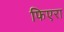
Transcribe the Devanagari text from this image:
फिएरा